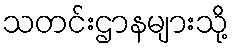
သတင်းဌာနများသို့